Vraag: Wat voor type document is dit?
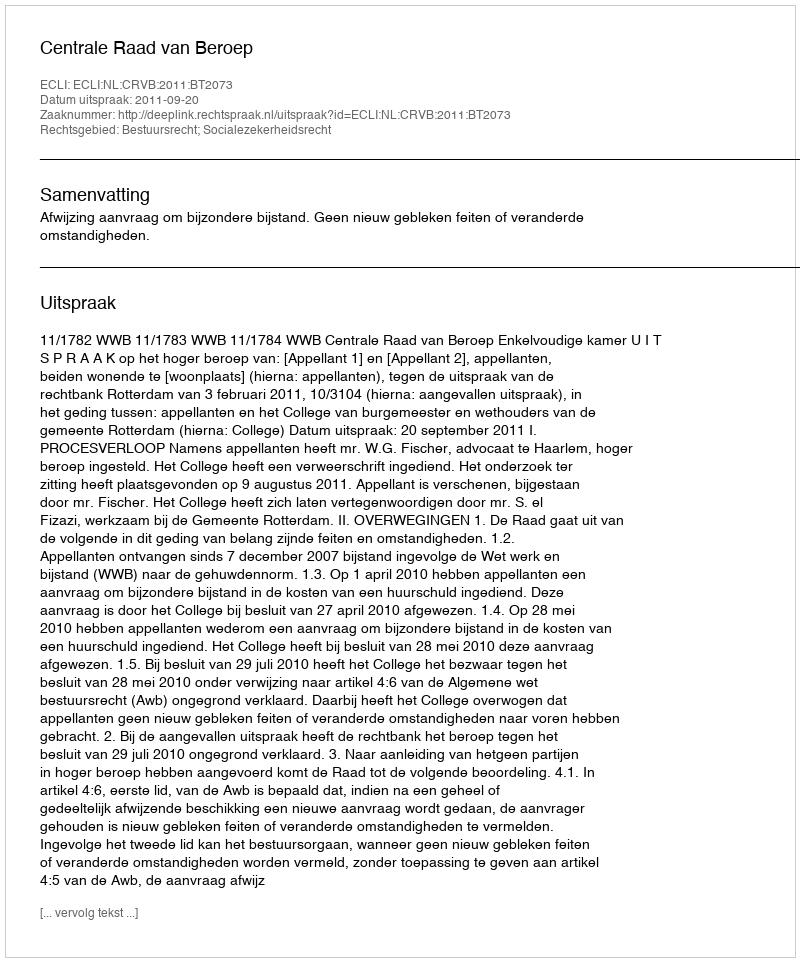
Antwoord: Uitspraak